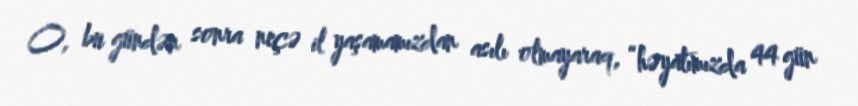
O, bu gündən sonra neçə il yaşamamızdan asılı olmayaraq, “həyatımızda 44 gün